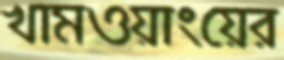
খামওয়াংয়ের